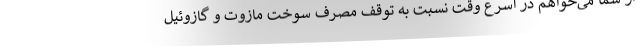
از شما می‌خواهم در اسرع وقت نسبت به توقف مصرف سوخت مازوت و گازوئیل